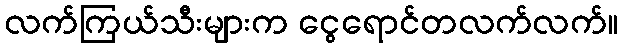
လက်ကြယ်သီးများက ငွေရောင်တလက်လက်။